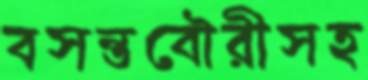
বসন্তবৌরীসহ